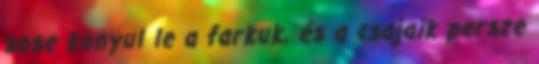
sose konyul le a farkuk, és a csajaik persze